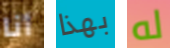
أنا بهذا له